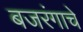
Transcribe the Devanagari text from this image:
बजरंगाचे